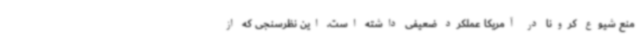
منع شیوع کرونا در آمریکا عملکرد ضعیفی داشته است. این نظرسنجی که از